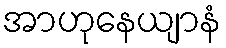
အာဟုနေယျာနံ